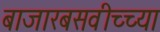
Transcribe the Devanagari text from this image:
बाजारबसवीच्च्या